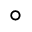
^ \circ